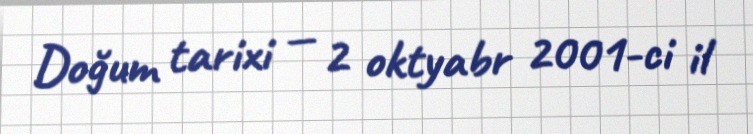
Doğum tarixi — 2 oktyabr 2001-ci il